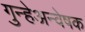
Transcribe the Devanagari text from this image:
गुन्हेअन्वेषक